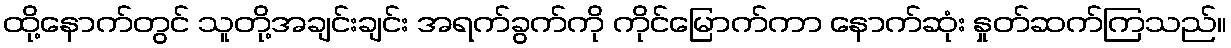
ထို့နောက်တွင် သူတို့အချင်းချင်း အရက်ခွက်ကို ကိုင်မြောက်ကာ နောက်ဆုံး နှုတ်ဆက်ကြသည်။